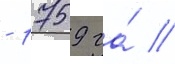
- 1759 га́ //